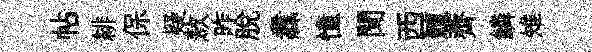
帖緋保疑敖昨脫纛憧聞西鱣薺鱗雉